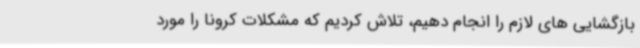
بازگشایی های لازم را انجام دهیم، تلاش کردیم که مشکلات کرونا را مورد